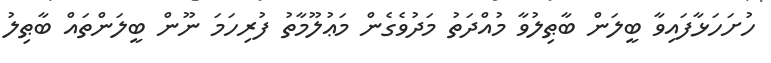
ހުށަހަޅާފައިވާ ބީލަން ބާޠިލުވާ މުއްދަތު މަދުވެގެން މަޢުލޫމާތު ފުރިހަމަ ނޫން ބީލަންތައް ބާޠިލު